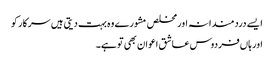
ایسے دردمندانہ اور مخلص مشورے وہ بہت دیتی ہیں سرکار کو
اور ہاں‌فردوس عاشق اعوان بھی تو ہے۔